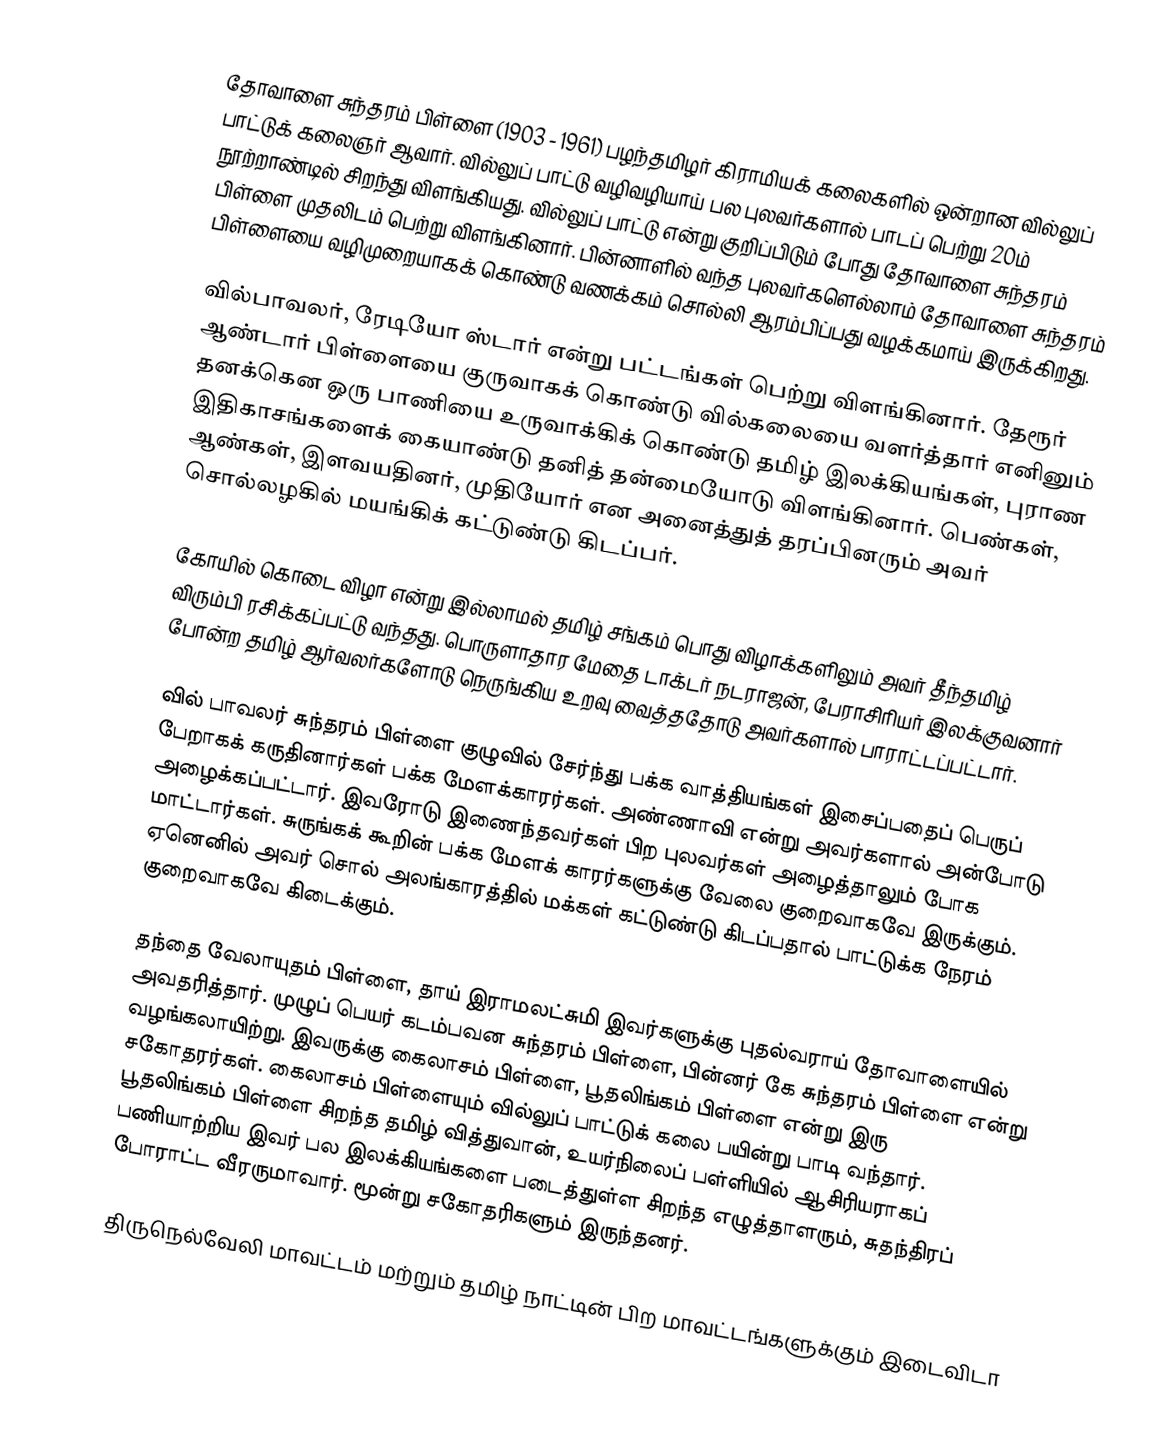
தோவாளை சுந்தரம் பிள்ளை (1903 - 1961) பழந்தமிழர் கிராமியக் கலைகளில் ஒன்றான வில்லுப் பாட்டுக் கலைஞர் ஆவார். வில்லுப் பாட்டு வழிவழியாய் பல புலவர்களால் பாடப் பெற்று 20ம் நூற்றாண்டில் சிறந்து விளங்கியது. வில்லுப் பாட்டு என்று குறிப்பிடும் போது தோவாளை சுந்தரம் பிள்ளை முதலிடம் பெற்று விளங்கினார். பின்னாளில் வந்த புலவர்களெல்லாம் தோவாளை சுந்தரம் பிள்ளையை வழிமுறையாகக் கொண்டு வணக்கம் சொல்லி ஆரம்பிப்பது வழக்கமாய் இருக்கிறது.

வில்பாவலர், ரேடியோ ஸ்டார் என்று பட்டங்கள் பெற்று விளங்கினார். தேரூர் ஆண்டார் பிள்ளையை குருவாகக் கொண்டு வில்கலையை வளர்த்தார் எனினும் தனக்கென ஒரு பாணியை உருவாக்கிக் கொண்டு தமிழ் இலக்கியங்கள், புராண இதிகாசங்களைக் கையாண்டு தனித் தன்மையோடு விளங்கினார். பெண்கள், ஆண்கள், இளவயதினர், முதியோர் என அனைத்துத் தரப்பினரும் அவர் சொல்லழகில் மயங்கிக் கட்டுண்டு கிடப்பர்.

கோயில் கொடை விழா என்று இல்லாமல் தமிழ் சங்கம் பொது விழாக்களிலும் அவர் தீந்தமிழ் விரும்பி ரசிக்கப்பட்டு வந்தது. பொருளாதார மேதை டாக்டர் நடராஜன், பேராசிரியர் இலக்குவனார் போன்ற தமிழ் ஆர்வலர்களோடு நெருங்கிய உறவு வைத்ததோடு அவர்களால் பாராட்டப்பட்டார்.

வில் பாவலர் சுந்தரம் பிள்ளை குழுவில் சேர்ந்து பக்க வாத்தியங்கள் இசைப்பதைப் பெருப் பேறாகக் கருதினார்கள் பக்க மேளக்காரர்கள். அண்ணாவி என்று அவர்களால் அன்போடு அழைக்கப்பட்டார். இவரோடு இணைந்தவர்கள் பிற புலவர்கள் அழைத்தாலும் போக மாட்டார்கள்.  சுருங்கக் கூறின் பக்க மேளக் காரர்களுக்கு வேலை குறைவாகவே இருக்கும். ஏனெனில் அவர் சொல் அலங்காரத்தில் மக்கள் கட்டுண்டு கிடப்பதால் பாட்டுக்க நேரம் குறைவாகவே கிடைக்கும்.

தந்தை வேலாயுதம் பிள்ளை, தாய் இராமலட்சுமி இவர்களுக்கு புதல்வராய் தோவாளையில் அவதரித்தார். முழுப் பெயர் கடம்பவன சுந்தரம் பிள்ளை, பின்னர் கே சுந்தரம் பிள்ளை என்று வழங்கலாயிற்று. இவருக்கு கைலாசம் பிள்ளை, பூதலிங்கம் பிள்ளை என்று இரு சகோதரர்கள். கைலாசம் பிள்ளையும் வில்லுப் பாட்டுக் கலை பயின்று பாடி வந்தார். பூதலிங்கம் பிள்ளை சிறந்த தமிழ் வித்துவான், உயர்நிலைப் பள்ளியில் ஆசிரியராகப் பணியாற்றிய இவர் பல இலக்கியங்களை படைத்துள்ள சிறந்த எழுத்தாளரும், சுதந்திரப் போராட்ட வீரருமாவார். மூன்று சகோதரிகளும் இருந்தனர்.

திருநெல்வேலி மாவட்டம் மற்றும் தமிழ் நாட்டின் பிற மாவட்டங்களுக்கும் இடைவிடா